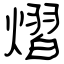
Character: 熠